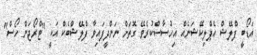
އަޑޯބީ ފްލޭޝް އެޕްލިކޭޝަނެއް އިހުސާސްކުރެވޭ ގޮތަށް ނަންދީފައިވާ ފްލޭޝްބެކް އަކީ "ޓްރޯޖަން ހޯސް"